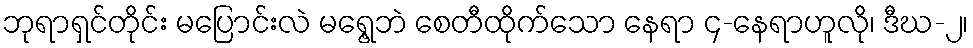
ဘုရာရှင်တိုင်း မပြောင်းလဲ မရွေ့ဘဲ စေတီထိုက်သော နေရာ ၄-နေရာဟူလို၊ ဒီဃ-၂၊